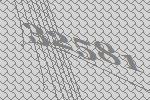
32581